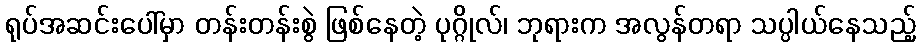
ရုပ်အဆင်းပေါ်မှာ တန်းတန်းစွဲ ဖြစ်နေတဲ့ ပုဂ္ဂိုလ်၊ ဘုရားက အလွန်တရာ သပ္ပါယ်နေသည့်